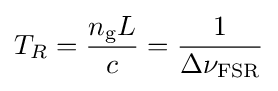
T_{R}={\frac {n_{\text{g}}L}{c}}={\frac {1}{\Delta \nu _{\text{FSR}}}}